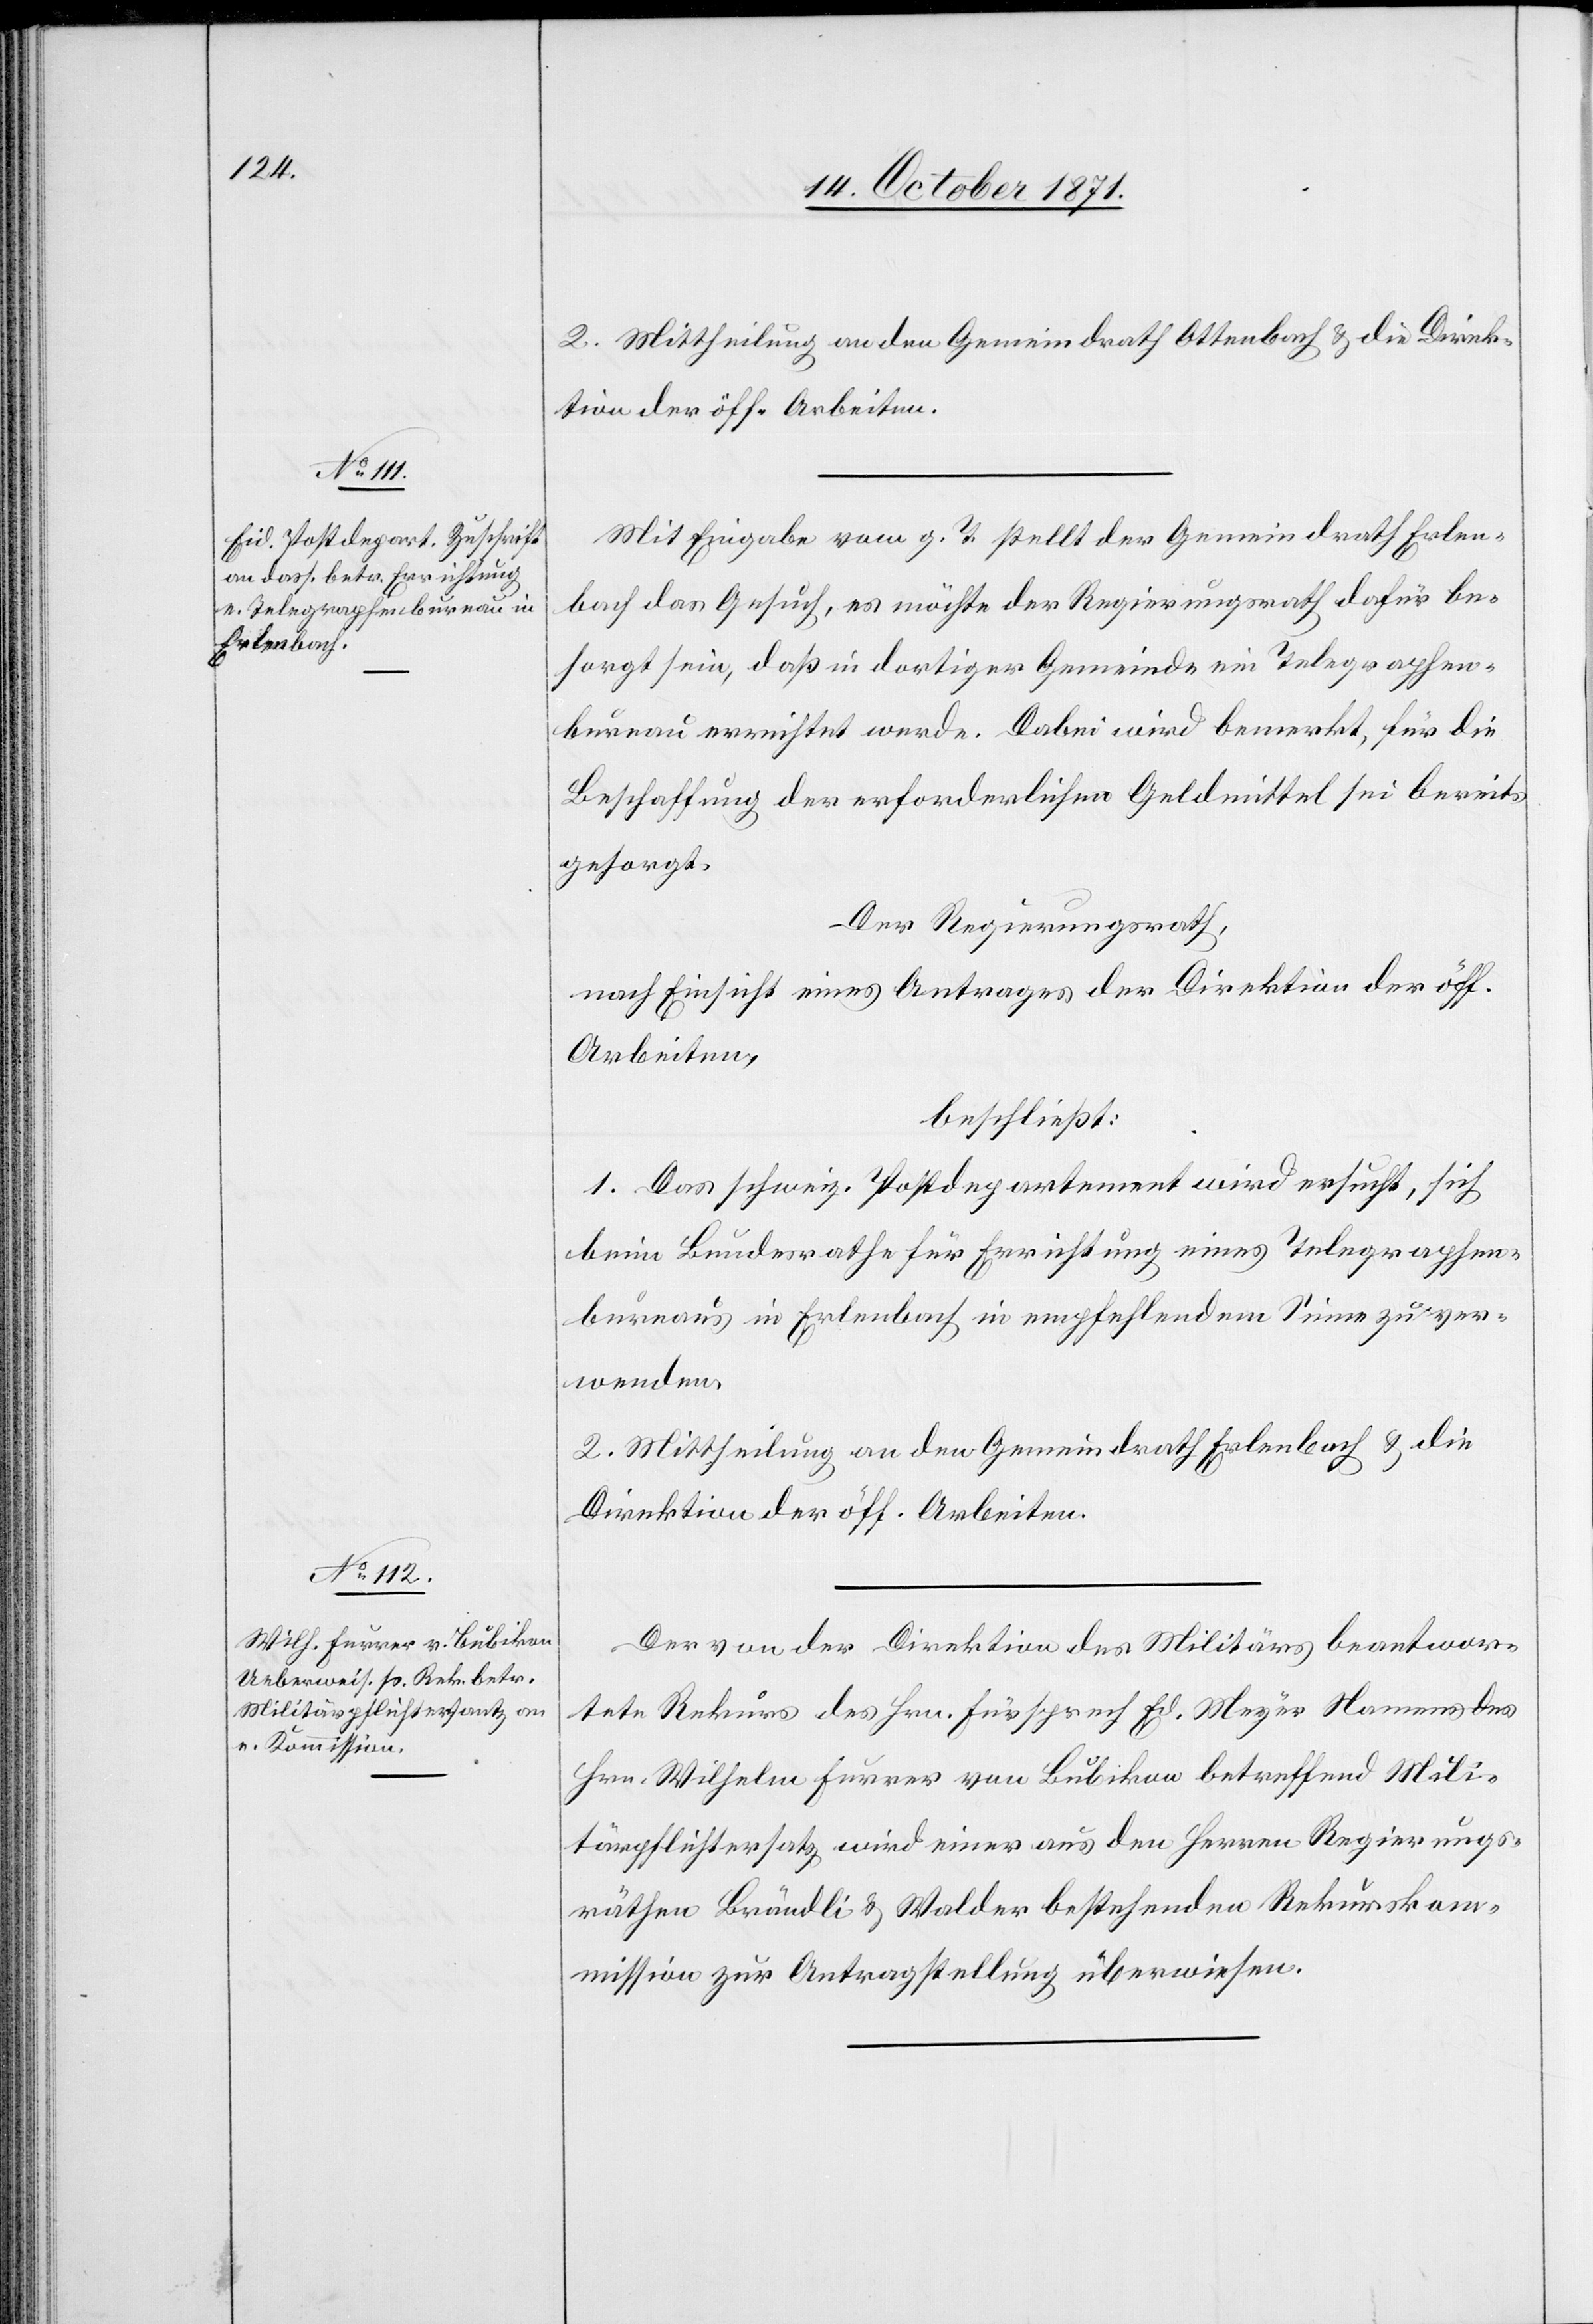
2. Mittheilung an den Gemeindrath Ottenbach & die Direk¬
tion der öff. Arbeiten.
Mit Eingabe vom g. T. stellt der Gemeindrath Erlen¬
bach das Gesuch, es möchte der Regierungsrath dafür be¬
sorgt sein, daß in dortiger Gemeinde ein Telegraphen¬
bureau errichtet werde. Dabei wird bemerkt, für die
Beschaffung der erforderlichen Geldmittel sei bereits
gesorgt.
Der Regierungsrath,
nach Einsicht eines Antrages der Direktion der öff.
Arbeiten,
beschließt:
1. Das schweiz. Postdepartement wird ersucht, sich
beim Bundesrath für Errichtung eines Telegraphen¬
bureau in Erlenbach in empfehlendem Sinne zu ver¬
wenden.
2. Mittheilung an den Gemeindrath Erlenbach & die
Direktion der öff. Arbeiten.
Der von der Direktion des Militärs beantwor¬
tete Rekurs des Hrn. Fürsprech Ed. Meyer Namens des
Hrn. Wilhelm Furrer von Bubikon betreffend Mili¬
tärpflichtersatz wird einer aus den Herren Regierungs¬
räthen Brändli & Walder bestehenden Rekursko¬
mmission zur Antragstellung überwiesen.